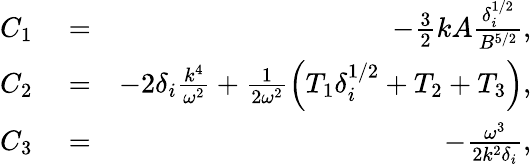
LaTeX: \begin{array}{rlr}{C_{1}}&{{}=}&{-\frac{3}{2}kA\frac{\delta_{i}^{1/2}}{B^{5/2}},}\\ {C_{2}}&{{}=}&{-2\delta_{i}\frac{k^{4}}{\omega^{2}}+\frac{1}{2\omega^{2}}\left(T_{1}\delta_{i}^{1/2}+T_{2}+T_{3}\right),}\\ {C_{3}}&{{}=}&{-\frac{\omega^{3}}{2k^{2}\delta_{i}},}\end{array}